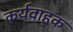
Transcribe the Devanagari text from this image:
कर्यवाहक